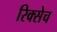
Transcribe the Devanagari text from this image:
रिक्सेच